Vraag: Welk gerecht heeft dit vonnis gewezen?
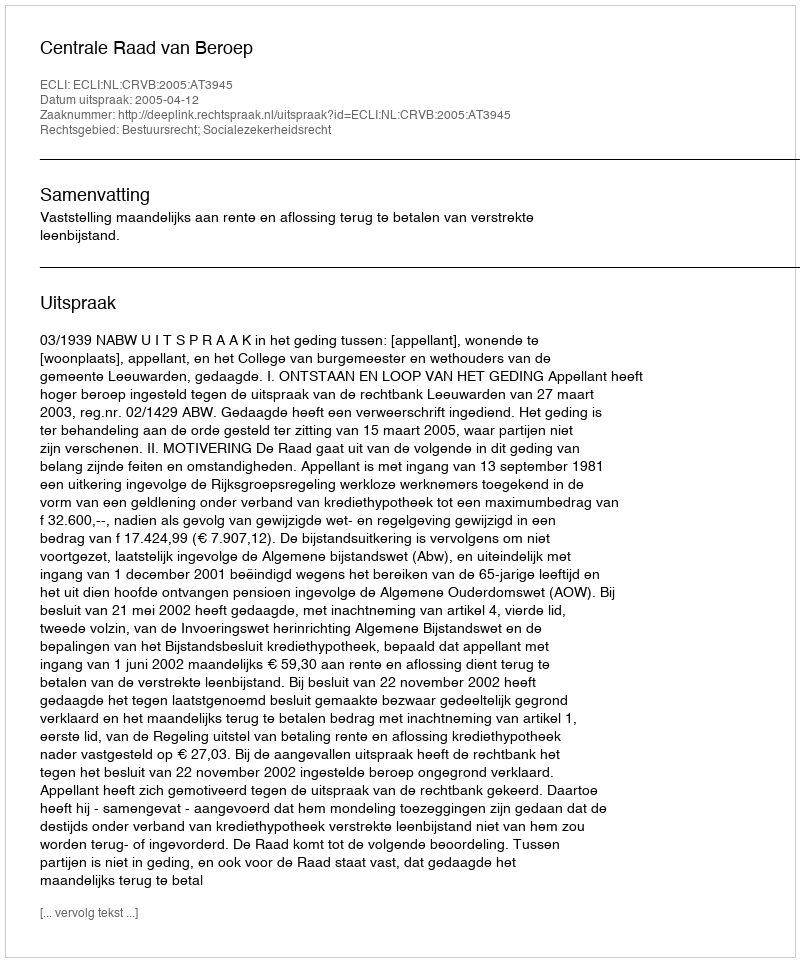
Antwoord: Centrale Raad van Beroep